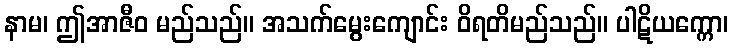
နာမ၊ ဤအာဇီဝ မည်သည်။ အသက်မွေးကျောင်း ဝိရတိမည်သည်။ ပါဋိယက္ကော၊